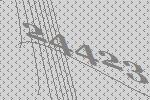
24423